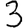
Digit: 3